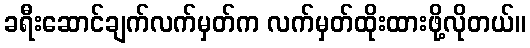
ခရီးဆောင်ချက်လက်မှတ်က လက်မှတ်ထိုးထားဖို့လိုတယ်။